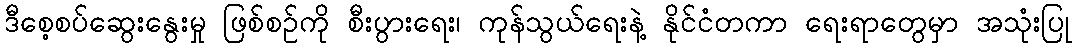
ဒီစေ့စပ်ဆွေးနွေးမှု ဖြစ်စဉ်ကို စီးပွားရေး၊ ကုန်သွယ်ရေးနဲ့ နိုင်ငံတကာ ရေးရာတွေမှာ အသုံးပြု